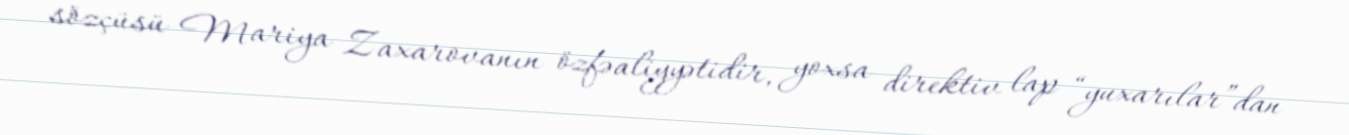
sözçüsü Mariya Zaxarovanın özfəaliyyətidir, yoxsa direktiv lap “yuxarılar”dan